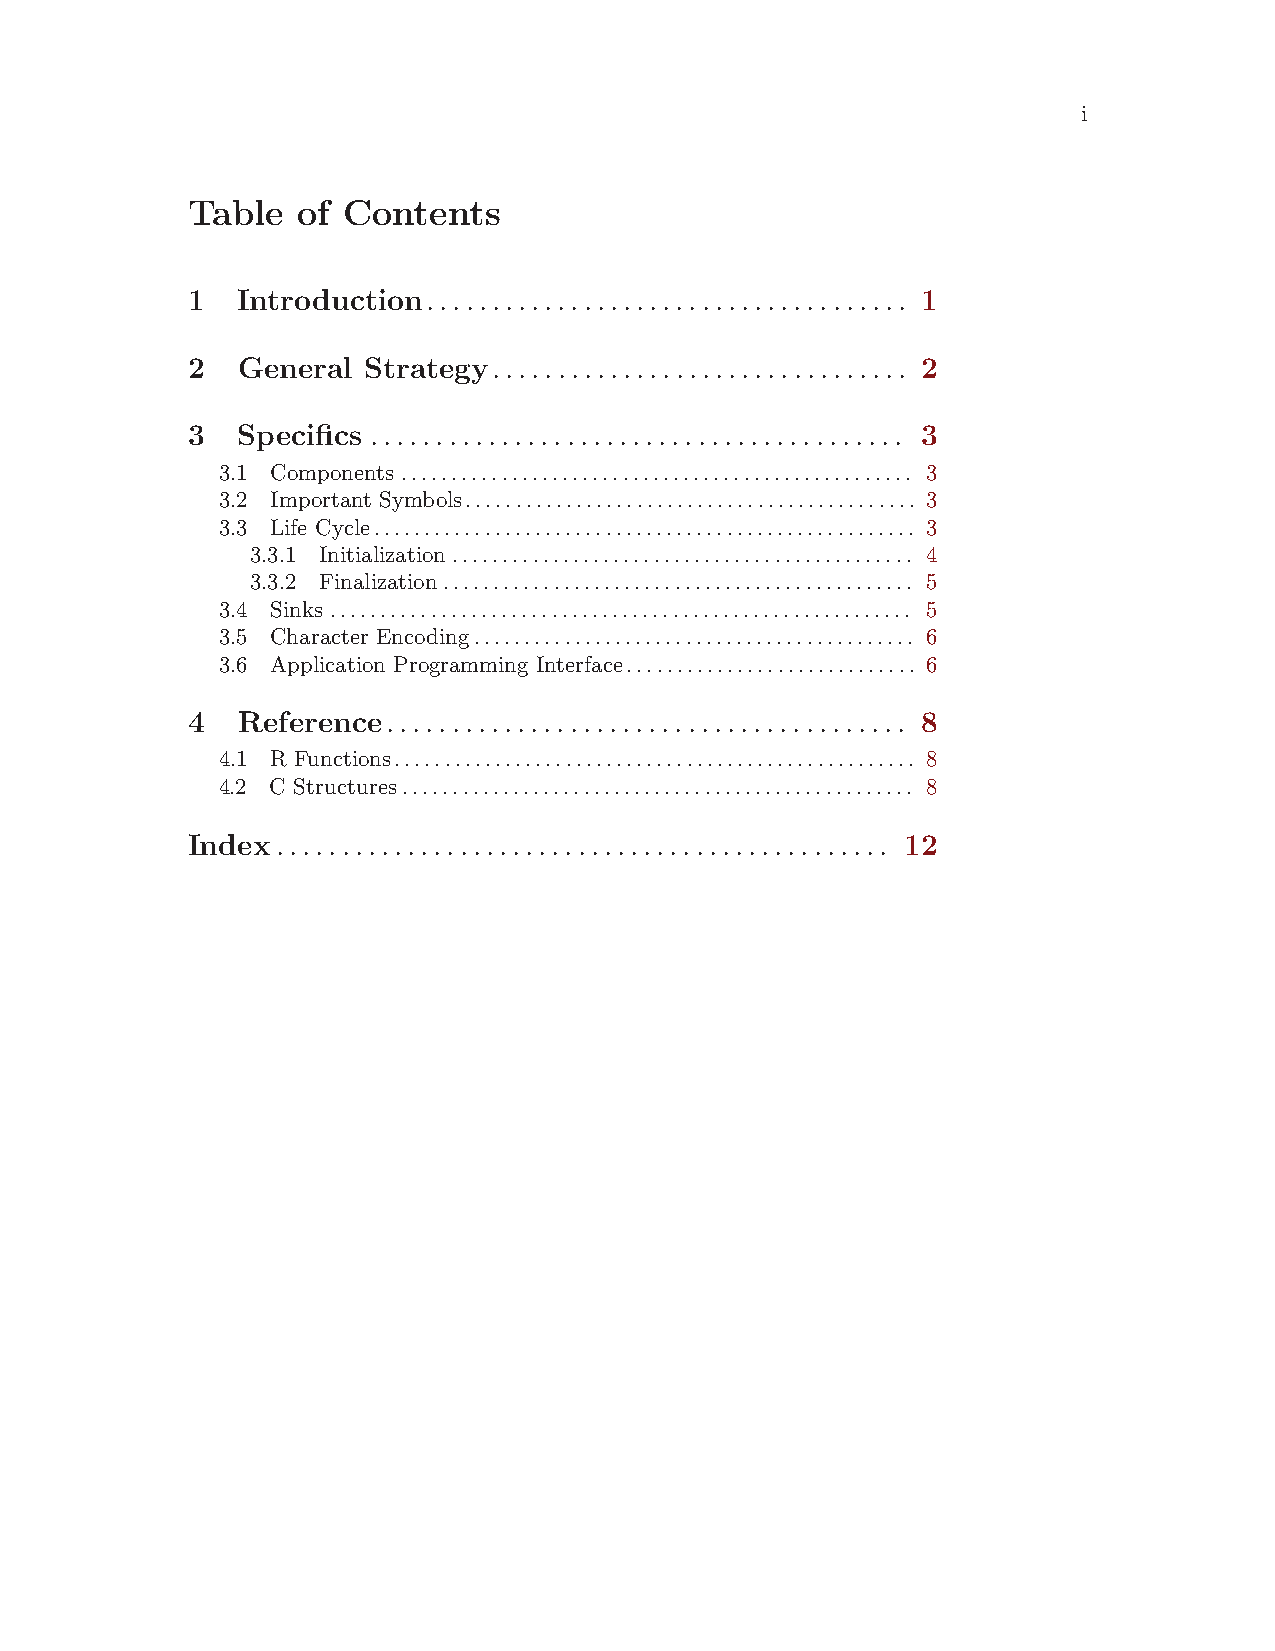
i
 Table   of Contents
 1   Introduction..................................... 1
 2   General Strategy................................ 2
 3   Specifics ......................................... 3
 3.1 Components ................................................... 3
 3.2 Important Symbols............................................. 3
 3.3 Life Cycle...................................................... 3
 3.3.1 Initialization.............................................. 4
 3.3.2 Finalization............................................... 5
 3.4 Sinks .......................................................... 5
 3.5 Character Encoding............................................ 6
 3.6 Application Programming Interface............................. 6
 4   Reference........................................ 8
 4.1 R Functions.................................................... 8
 4.2 C Structures................................................... 8
 Index............................................... 12